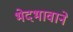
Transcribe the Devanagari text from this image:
भेदभावाने